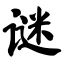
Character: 谜